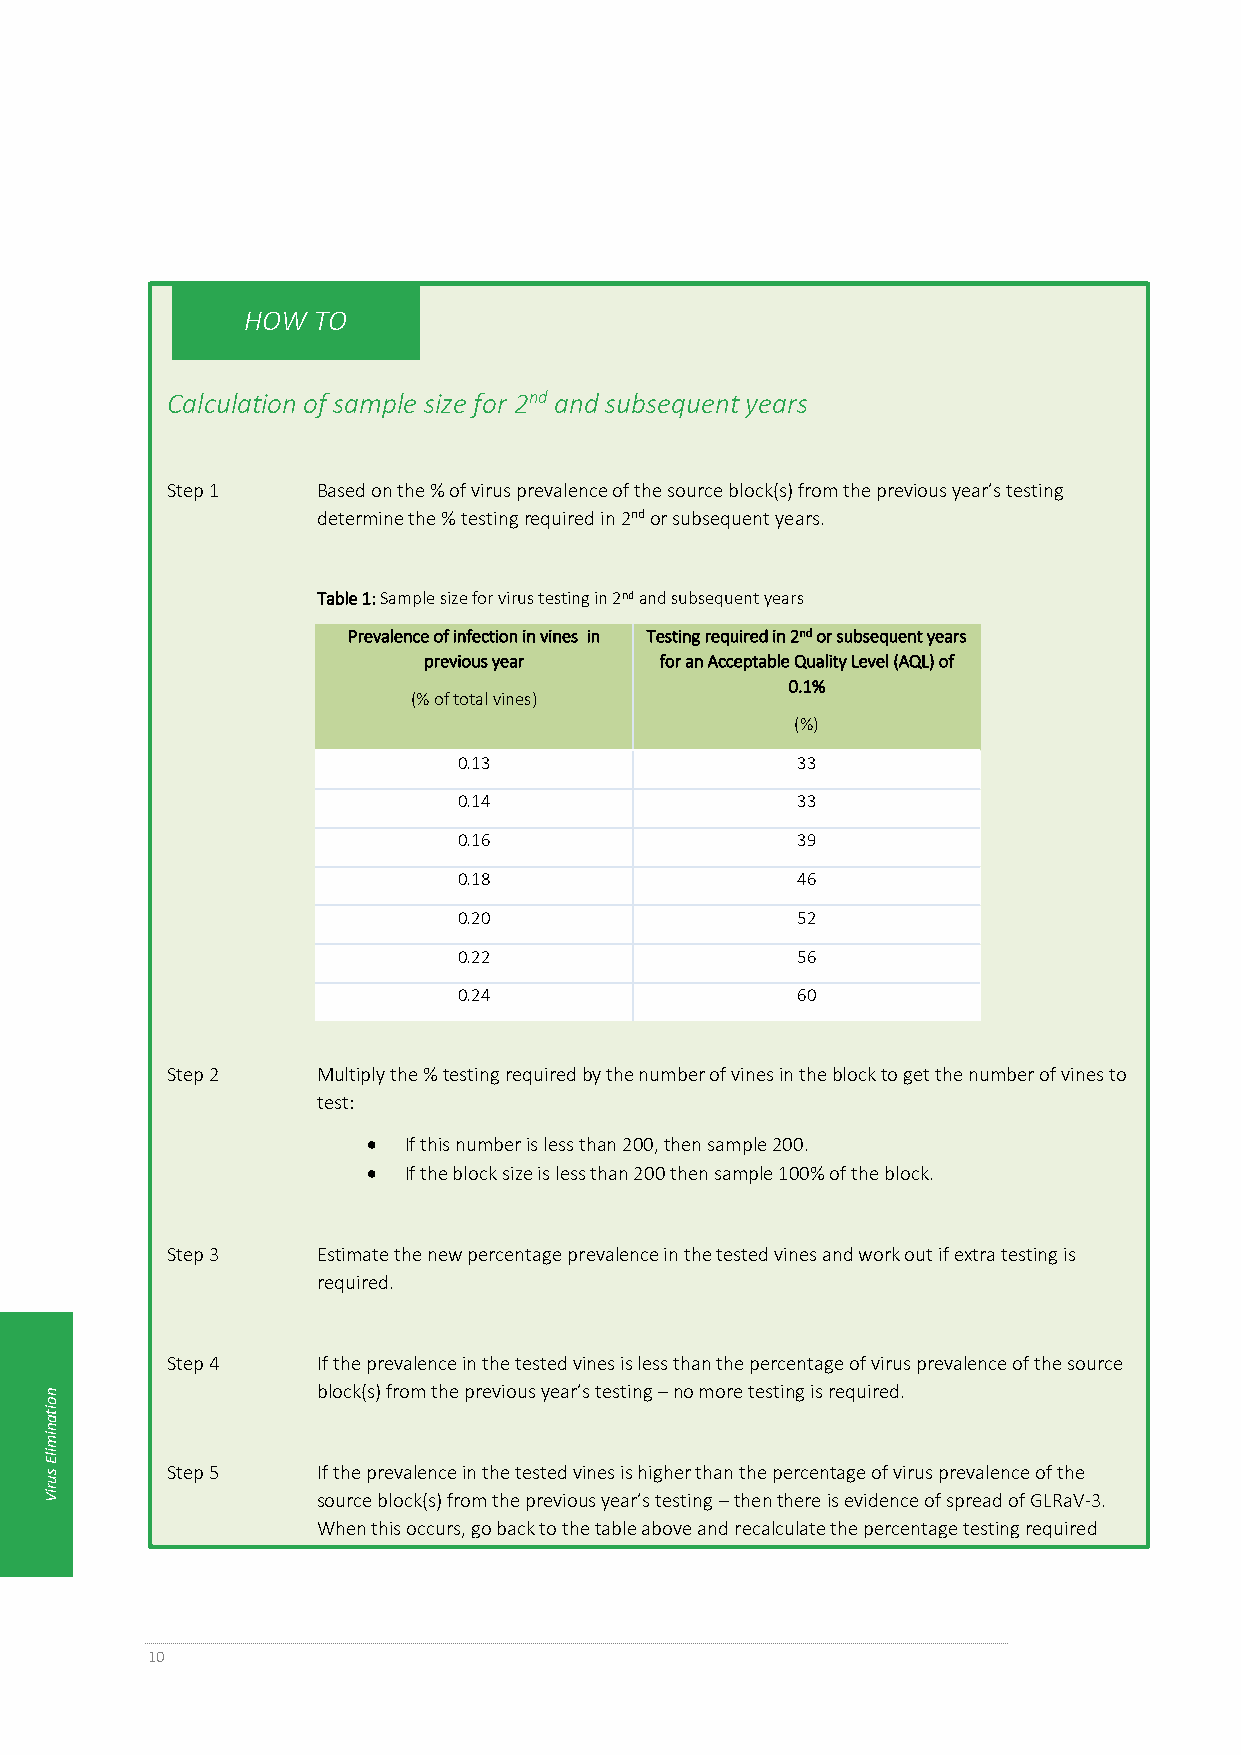
HOW  TO
 Calculation of sample size for 2nd and subsequent years
 Step 1    Based on the % of virus prevalence of the source block(s) from the previous year’s testing
 determine the % testing required in 2nd or subsequent years.
 Table 1: Sample size for virus testing in 2nd and subsequent years
 Prevalence of infection in vines in Testing required in 2nd or subsequent years
 previous year   for an Acceptable Quality Level (AQL) of
 0.1%
 (% of total vines)
 (%)
 0.13                   33
 0.14                   33
 0.16                   39
 0.18                   46
 0.20                   52
 0.22                   56
 0.24                   60
 Step 2    Multiply the % testing required by the number of vines in the block to get the number of vines to
 test:
   If this number is less than 200, then sample 200.
   If the block size is less than 200 then sample 100% of the block.
 Step 3    Estimate the new percentage prevalence in the tested vines and work out if extra testing is
 required.
 Step 4    If the prevalence in the tested vines is less than the percentage of virus prevalence of the source
 n                 block(s) from the previous year’s testing – no more testing is required.
 o
 ita
 n
 im
 ilE
 s       Step 5    If the prevalence in the tested vines is higher than the percentage of virus prevalence of the
 u
 riV
 source block(s) from the previous year’s testing – then there is evidence of spread of GLRaV-3.
 When this occurs, go back to the table above and recalculate the percentage testing required
 using the new prevalence.
 10